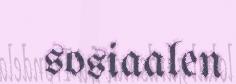
sosiaalen